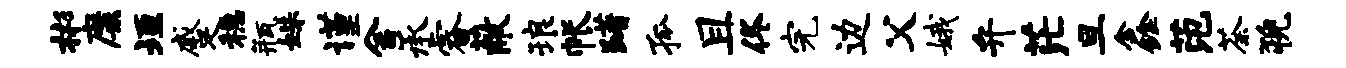
彬靡垣蹙稳瓶姝谨舍承睿蔽琅帐躇孤且佟完边父娥弁茫旦鑫范荼猊